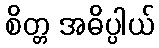
စိတ္တ အဓိပ္ပါယ်